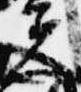
夫